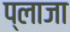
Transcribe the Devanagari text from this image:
प्‍लाजा